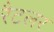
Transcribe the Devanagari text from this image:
रैटलर